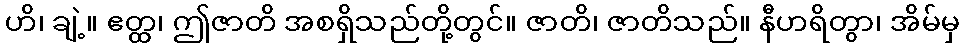
ဟိ၊ ချဲ့။ ဧတ္ထ၊ ဤဇာတိ အစရှိသည်တို့တွင်။ ဇာတိ၊ ဇာတိသည်။ နီဟရိတွာ၊ အိမ်မှ